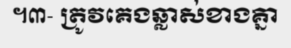
។៣- ត្រូវគេងឆ្លាស់ខាងគ្នា